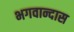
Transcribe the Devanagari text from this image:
भगवान्दास